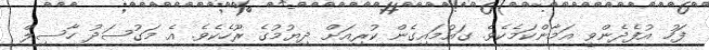
ފަހު އުފެދެންވީ އަމާންކަމެކެވެ. ގައުމައިގެން ކުރިއަށް ދިޔުމުގެ ރޫހެކެވެ. އެ މަގުސަދު ހާސިލް